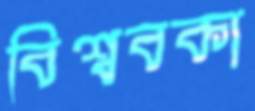
বিশ্ববকা